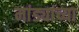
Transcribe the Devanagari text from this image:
मांड्यांच्या